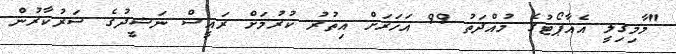
"މާމިގިލީ އެއާޕޯޓުގެ މުއްދަތު 99 އަހަރަށް އިތުރު ކުރުމަށް ރައީސް ނަޝީދުގެ ސަރުކާރުން